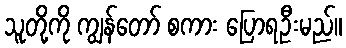
သူတို့ကို ကျွန်တော် စကား ပြောရဦးမည်။